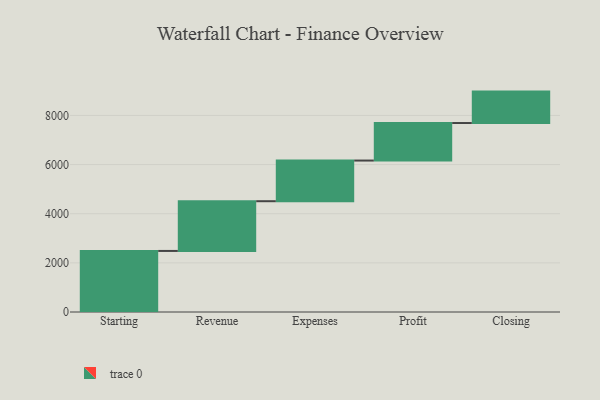
{"axis": {"x": "Step", "y": "Value"}, "legend": [""], "data": [{"x": "Starting", "y": 2485.0, "type": ""}, {"x": "Revenue", "y": 2024.0, "type": ""}, {"x": "Expenses", "y": 1655.0, "type": ""}, {"x": "Profit", "y": 1527.0, "type": ""}, {"x": "Closing", "y": 1279.0, "type": ""}]}